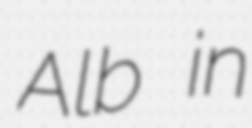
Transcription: Alb in